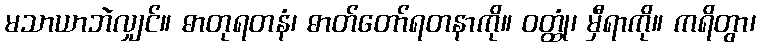
မသာယာဘဲလျှင်။ ဓာတုရတနံ၊ ဓာတ်တော်ရတနာကို။ ဝတ္ထုံ၊ မှီရာကို။ ကရိတွာ၊